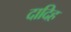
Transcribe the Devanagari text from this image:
दादिह